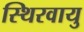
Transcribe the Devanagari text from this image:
स्थिरवायु